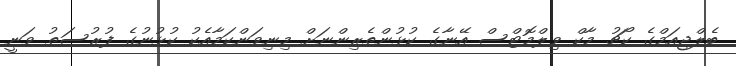
ބެލްޖިއަމްގެ ކޯޗު މާކް ވިލްމޮޓްސް އޭނާގެ ކުޅުންތެރިންނަށް މިނިވަންކަމާއެކު ކުޅުނުގެ ފުރުސަތު ވަނީ